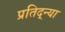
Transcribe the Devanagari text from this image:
प्रतिद्न्या